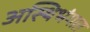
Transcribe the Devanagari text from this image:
अस्थिभंगात